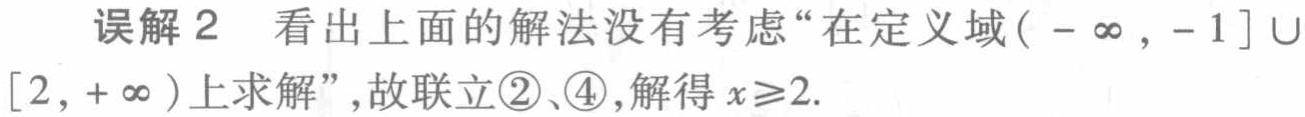
误解 2 看出上面的解法没有考虑“在定义域\((-\infty,-1]\cup[2,+\infty)\)上求解”，故联立\textcircled{2}、\textcircled{4}，解得\(x\geqslant2\).